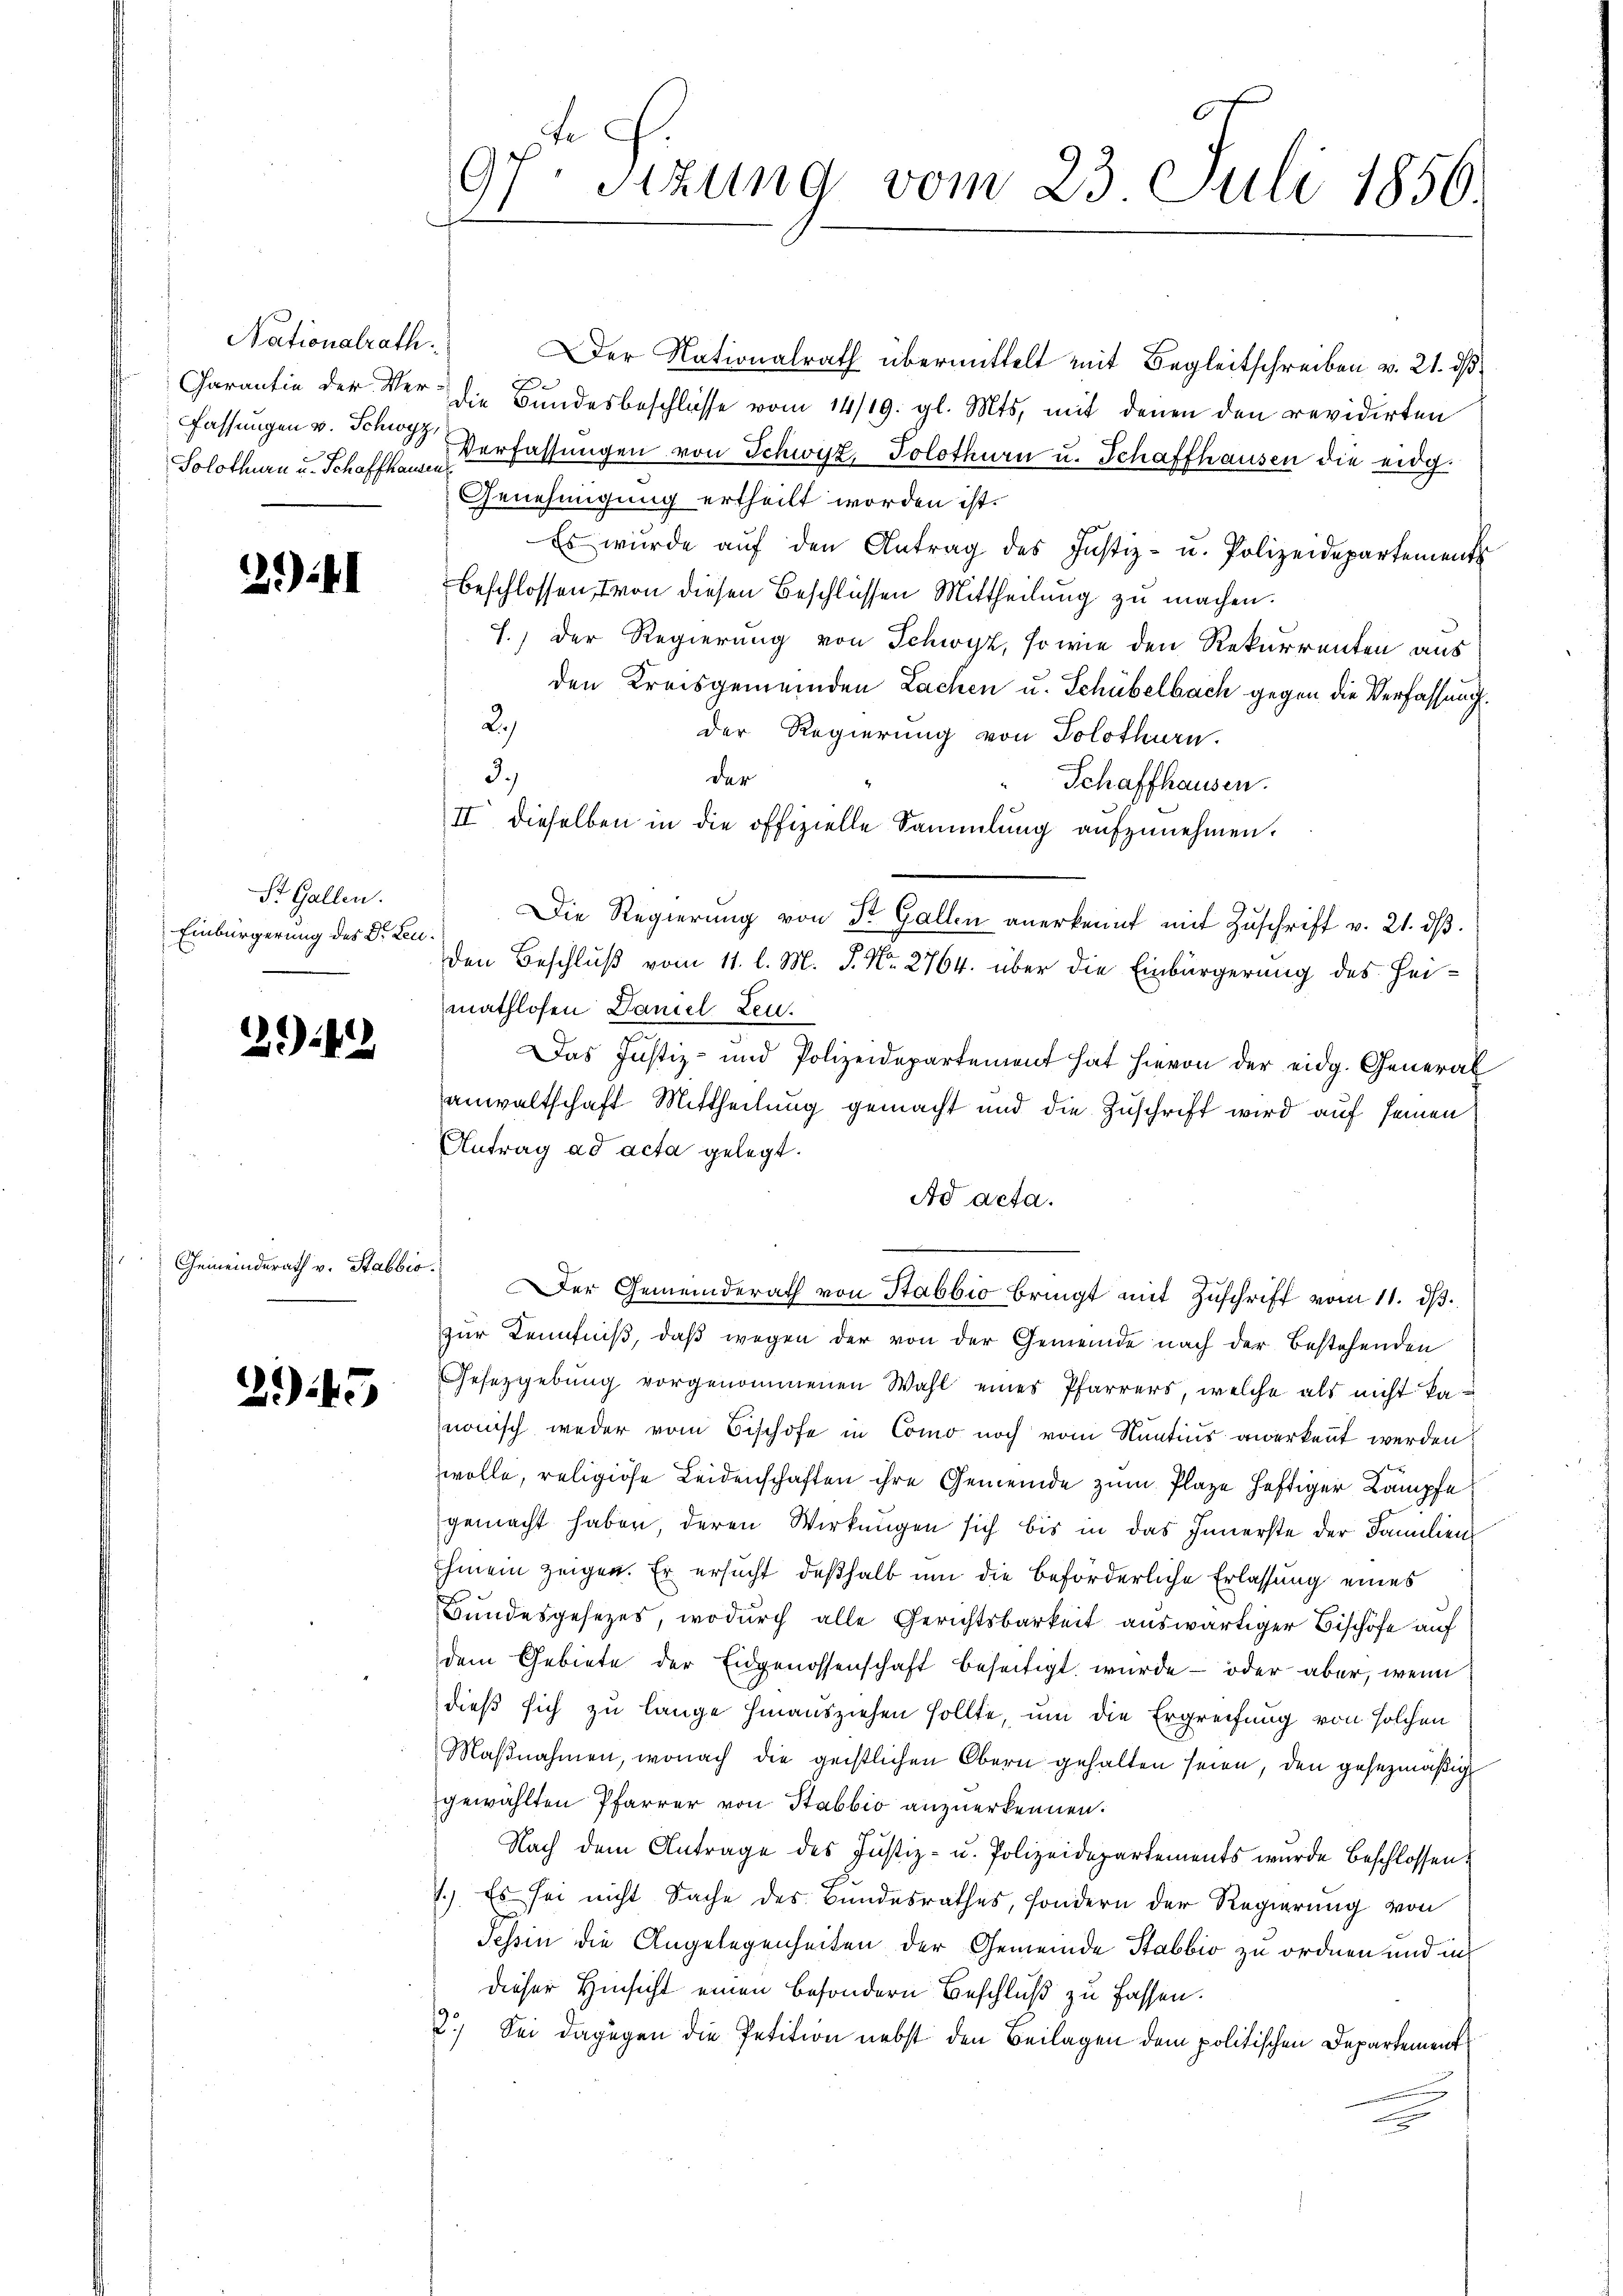
Nationalrath.
Charantie der Ver¬
Fassungen v. Schwyz
Solothurn u. Schaffkamen

2):

St. Gallen.
Einbürgerung des Dr. Leu¬

294

Gemeinderath v. Stabbio.

245

9fr. Sizung vom 23. Juli 1856

Der Nationalrath übermittelt mit Begleitschreiben v. 21. dß
die Bundesbeschlüsse vom 14/19. gl. Mts. mit denen den revidirten
Verfassungen von Schwyz, Solothurn u. Schaffhausen die eidg.
Genehmigung ertheilt worden ist.
Es wurde aŭf den Antrag des Justiz- u. Polizeidepartement
beschlossen, von diesen Beschlüssen Mittheilung zu machen.
S.) Der Regierung von Schwyz, so wie den Rekurrenten aus
den Kreisgemeinden Lachen u. Schübelbach gegen die Verfassung.
2.)
der Regierung von Solothurn.
der
Schaffhausen.
II dieselben in die offizielle Sammlung aufzunehmen.
Die Regierung von St. Gallen anerkennt mit Zuschrift v. 21. dβ.
den Beschluß vom 11. l. M. P. Nr. 2764. über die Einbürgerung des Heimathlosen Daniel Leu¬
Das Justiz- und Polizeidepartement hat hievon der eidg. General
anwaltschaft Mittheilung gemacht und die Zuschrift wird auf seinen
Antrag ad acta gelegt.
Ad acta.
Der Gemeinderath von Stabbio bringt mit Zuschrift vom 11. d.
zur Kenntniß, daß wegen der von der Gemeinde nach der Bestehenden
Gesetzgebung vorgenommenen Wahl eines Pfarrers, welche als nicht kanonisch weder vom Bischofe in Como noch vom Sentius anerkennt werden
wolle, religiöse Leidenschaften ihre Gemeinde zum Plaze heftiger Kampfe
gemacht haben deren Wirkungen sich bis in das Innerste der Familienihmen zeigen. Er ersucht deßhalb um die beförderliche Erlassung eines
Bundesgesezes, wodurch alle Gerichtsbarkeit auswärtiger Bischöfe auf
dem Gebiete der Eidgenossenschaft beseitigt wurde - oder aber, wenn
dieß sich zu lange hinausziehen sollte, um die Ergreifung von solchen
Maßnahmen, wonach die geistlichen Obern gehalten seien, den gesezmäßig
gewählten Pfarrer von Stabbio anzuerkennen.
Nach dem Antrage des Justiz- u. Polizeidepartements wurde beschlossen:
1.) Es sei nicht Sache des Bundesrathes, sondern der Regierung von
Tessin die Angelegenheiten der Gemeinde Stabbio zu ordnen und in
dieser Hinsicht einen besondern Beschluß zu fassen.
2.) Sei dagegen die Petition nebst den Beilagen dem politischen Departement

3.)